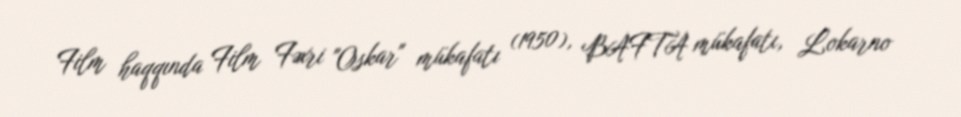
Film haqqında Film Fəxri "Oskar" mükafatı (1950), BAFTA mükafatı, Lokarno